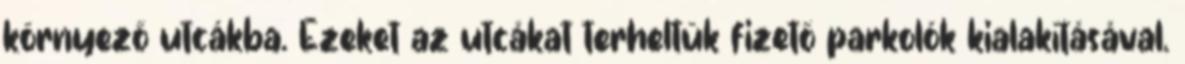
környező utcákba. Ezeket az utcákat terheltük fizető parkolók kialakításával.